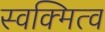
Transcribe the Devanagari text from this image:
स्वक्मित्व